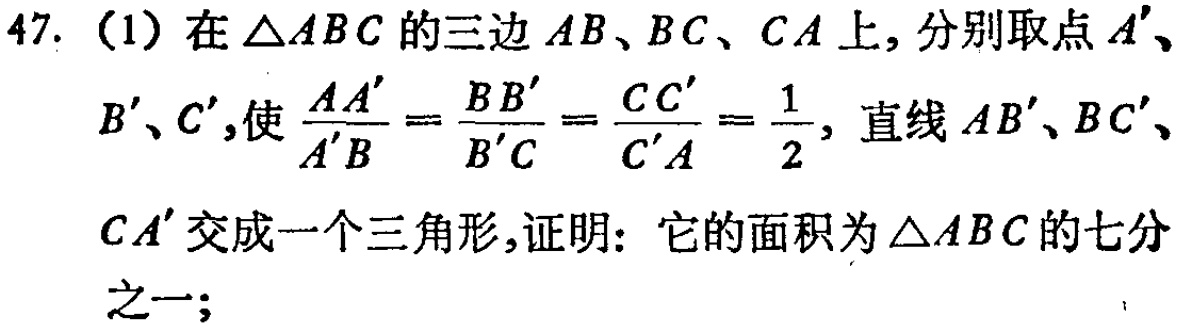
47. (1) 在\(\triangle ABC\)的三边\(AB\)、\(BC\)、\(CA\)上，分别取点\(A'\)、\(B'\)、\(C'\)，使\(\frac{AA'}{A'B}=\frac{BB'}{B'C}=\frac{CC'}{C'A}=\frac{1}{2}\)，直线\(AB'\)、\(BC'\)、\(CA'\)交成一个三角形，证明：它的面积为\(\triangle ABC\)的七分之一；